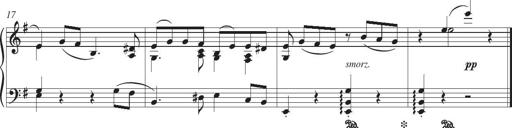
Title: Piano Sonatina in G major
Composer: Johan Peter Emilius Hartmann
Key: G major